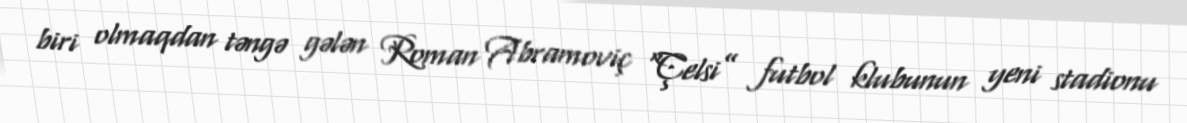
biri olmaqdan təngə gələn Roman Abramoviç “Çelsi” futbol klubunun yeni stadionu